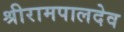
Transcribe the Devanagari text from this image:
श्रीरामपालदेव